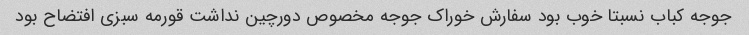
جوجه کباب نسبتا خوب بود سفارش خوراک جوجه مخصوص دورچین نداشت قورمه سبزی افتضاح بود